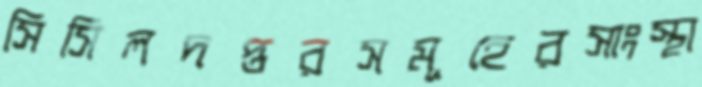
সিসিলদপ্তরসমূহেরসাংস্থা